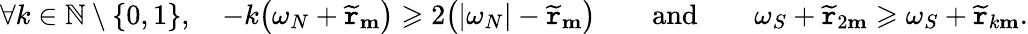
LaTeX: \forall k\in\mathbb{N}\setminus\{ 0,1\} ,\quad-k\big(\omega_{N}+\widetilde{\mathtt{r}}_{\mathbf{m}}\big)\geqslant 2\big(|\omega_{N}|-\widetilde{\mathtt{r}}_{\mathbf{m}}\big)\qquad\textnormal{and}\qquad\omega_{S}+\widetilde{\mathtt{r}}_{2\mathbf{m}}\geqslant\omega_{S}+\widetilde{\mathtt{r}}_{k\mathbf{m}}.